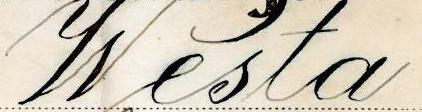
Westa